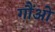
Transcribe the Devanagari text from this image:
गौंओ